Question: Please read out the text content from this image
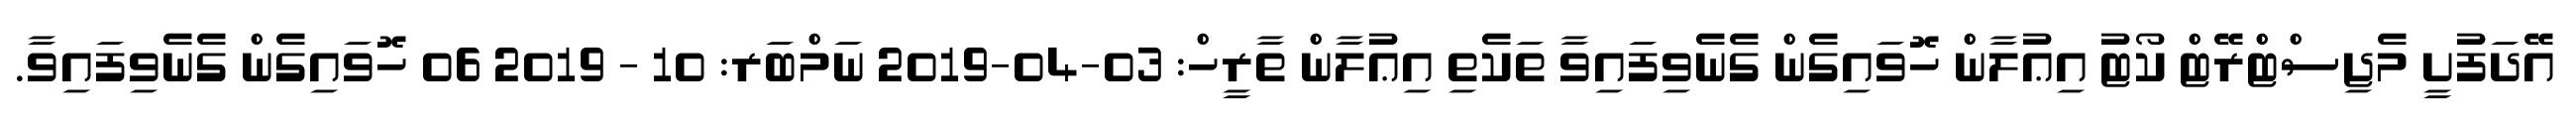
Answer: އޭދަފުށީ މެޖިސްޓްރޭޓް ކޯޓު އިޢުލާން ހޮވައިގެން ގެނެވިފައިވާ ތަކެތި އިޢުލާން ތާރީހް: 03-04-2019 ނަމްބަރ: 10 - 2019 06 ހޮވައިގެން ގެނެވިފައިވާ.